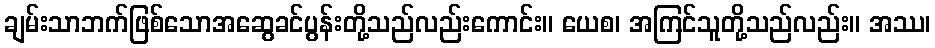
ချမ်းသာဘက်ဖြစ်သောအဆွေခင်ပွန်းတို့သည်လည်းကောင်း။ ယေစ၊ အကြင်သူတို့သည်လည်း။ အဿ၊